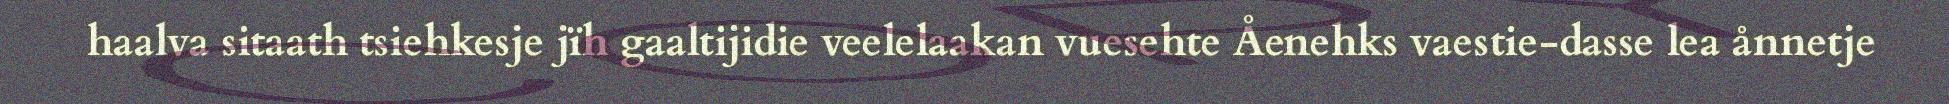
haalva sitaath tsiehkesje jïh gaaltijidie veelelaakan vuesehte Åenehks vaestie-dasse lea ånnetje